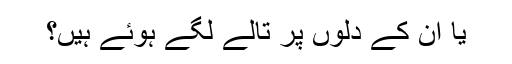
یا ان کے دلوں پر تالے لگے ہوئے ہیں؟